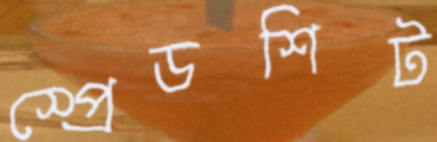
স্প্রেডশিট